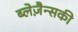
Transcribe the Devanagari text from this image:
ब्लेज़ैन्सकी